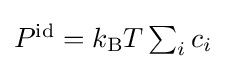
{\textstyle P^{\text{id}}=k_{\text{B}}T\sum _{i}c_{i}}